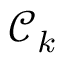
\mathcal { C } _ { k }